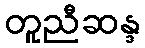
တူညီဆန္ဒ